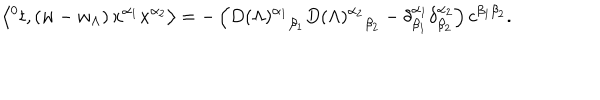
\left\langle { ^ 0 t } , \left( w - w _ { \Lambda } \right) x ^ { \alpha _ { 1 } } x ^ { \alpha _ { 2 } } \right\rangle = - \left( { D ( \Lambda ) ^ { \alpha _ { 1 } } } _ { \beta _ { 1 } } { D ( \Lambda ) ^ { \alpha _ { 2 } } } _ { \beta _ { 2 } } - \delta _ { \beta _ { 1 } } ^ { \alpha _ { 1 } } \delta _ { \beta _ { 2 } } ^ { \alpha _ { 2 } } \right) c ^ { \beta _ { 1 } \beta _ { 2 } } .